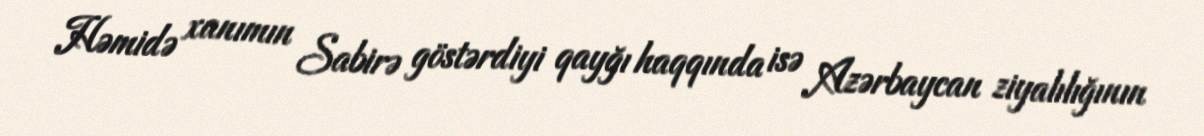
Həmidə xanımın Sabirə göstərdiyi qayğı haqqında isə Azərbaycan ziyalılığının